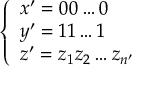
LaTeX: \left\{ \begin{array} { l l } { x ^ { \prime } = 0 0 \ldots 0 } \\ { y ^ { \prime } = 1 1 \ldots 1 } \\ { z ^ { \prime } = z _ { 1 } z _ { 2 } \ldots z _ { n ^ { \prime } } } \end{array} \right.